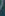
/